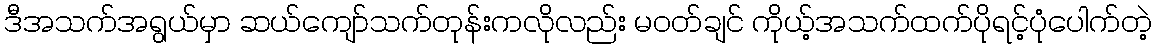
ဒီအသက်အရွယ်မှာ ဆယ်ကျော်သက်တုန်းကလိုလည်း မဝတ်ချင် ကိုယ့်အသက်ထက်ပိုရင့်ပုံပေါက်တဲ့